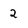
Character: 2